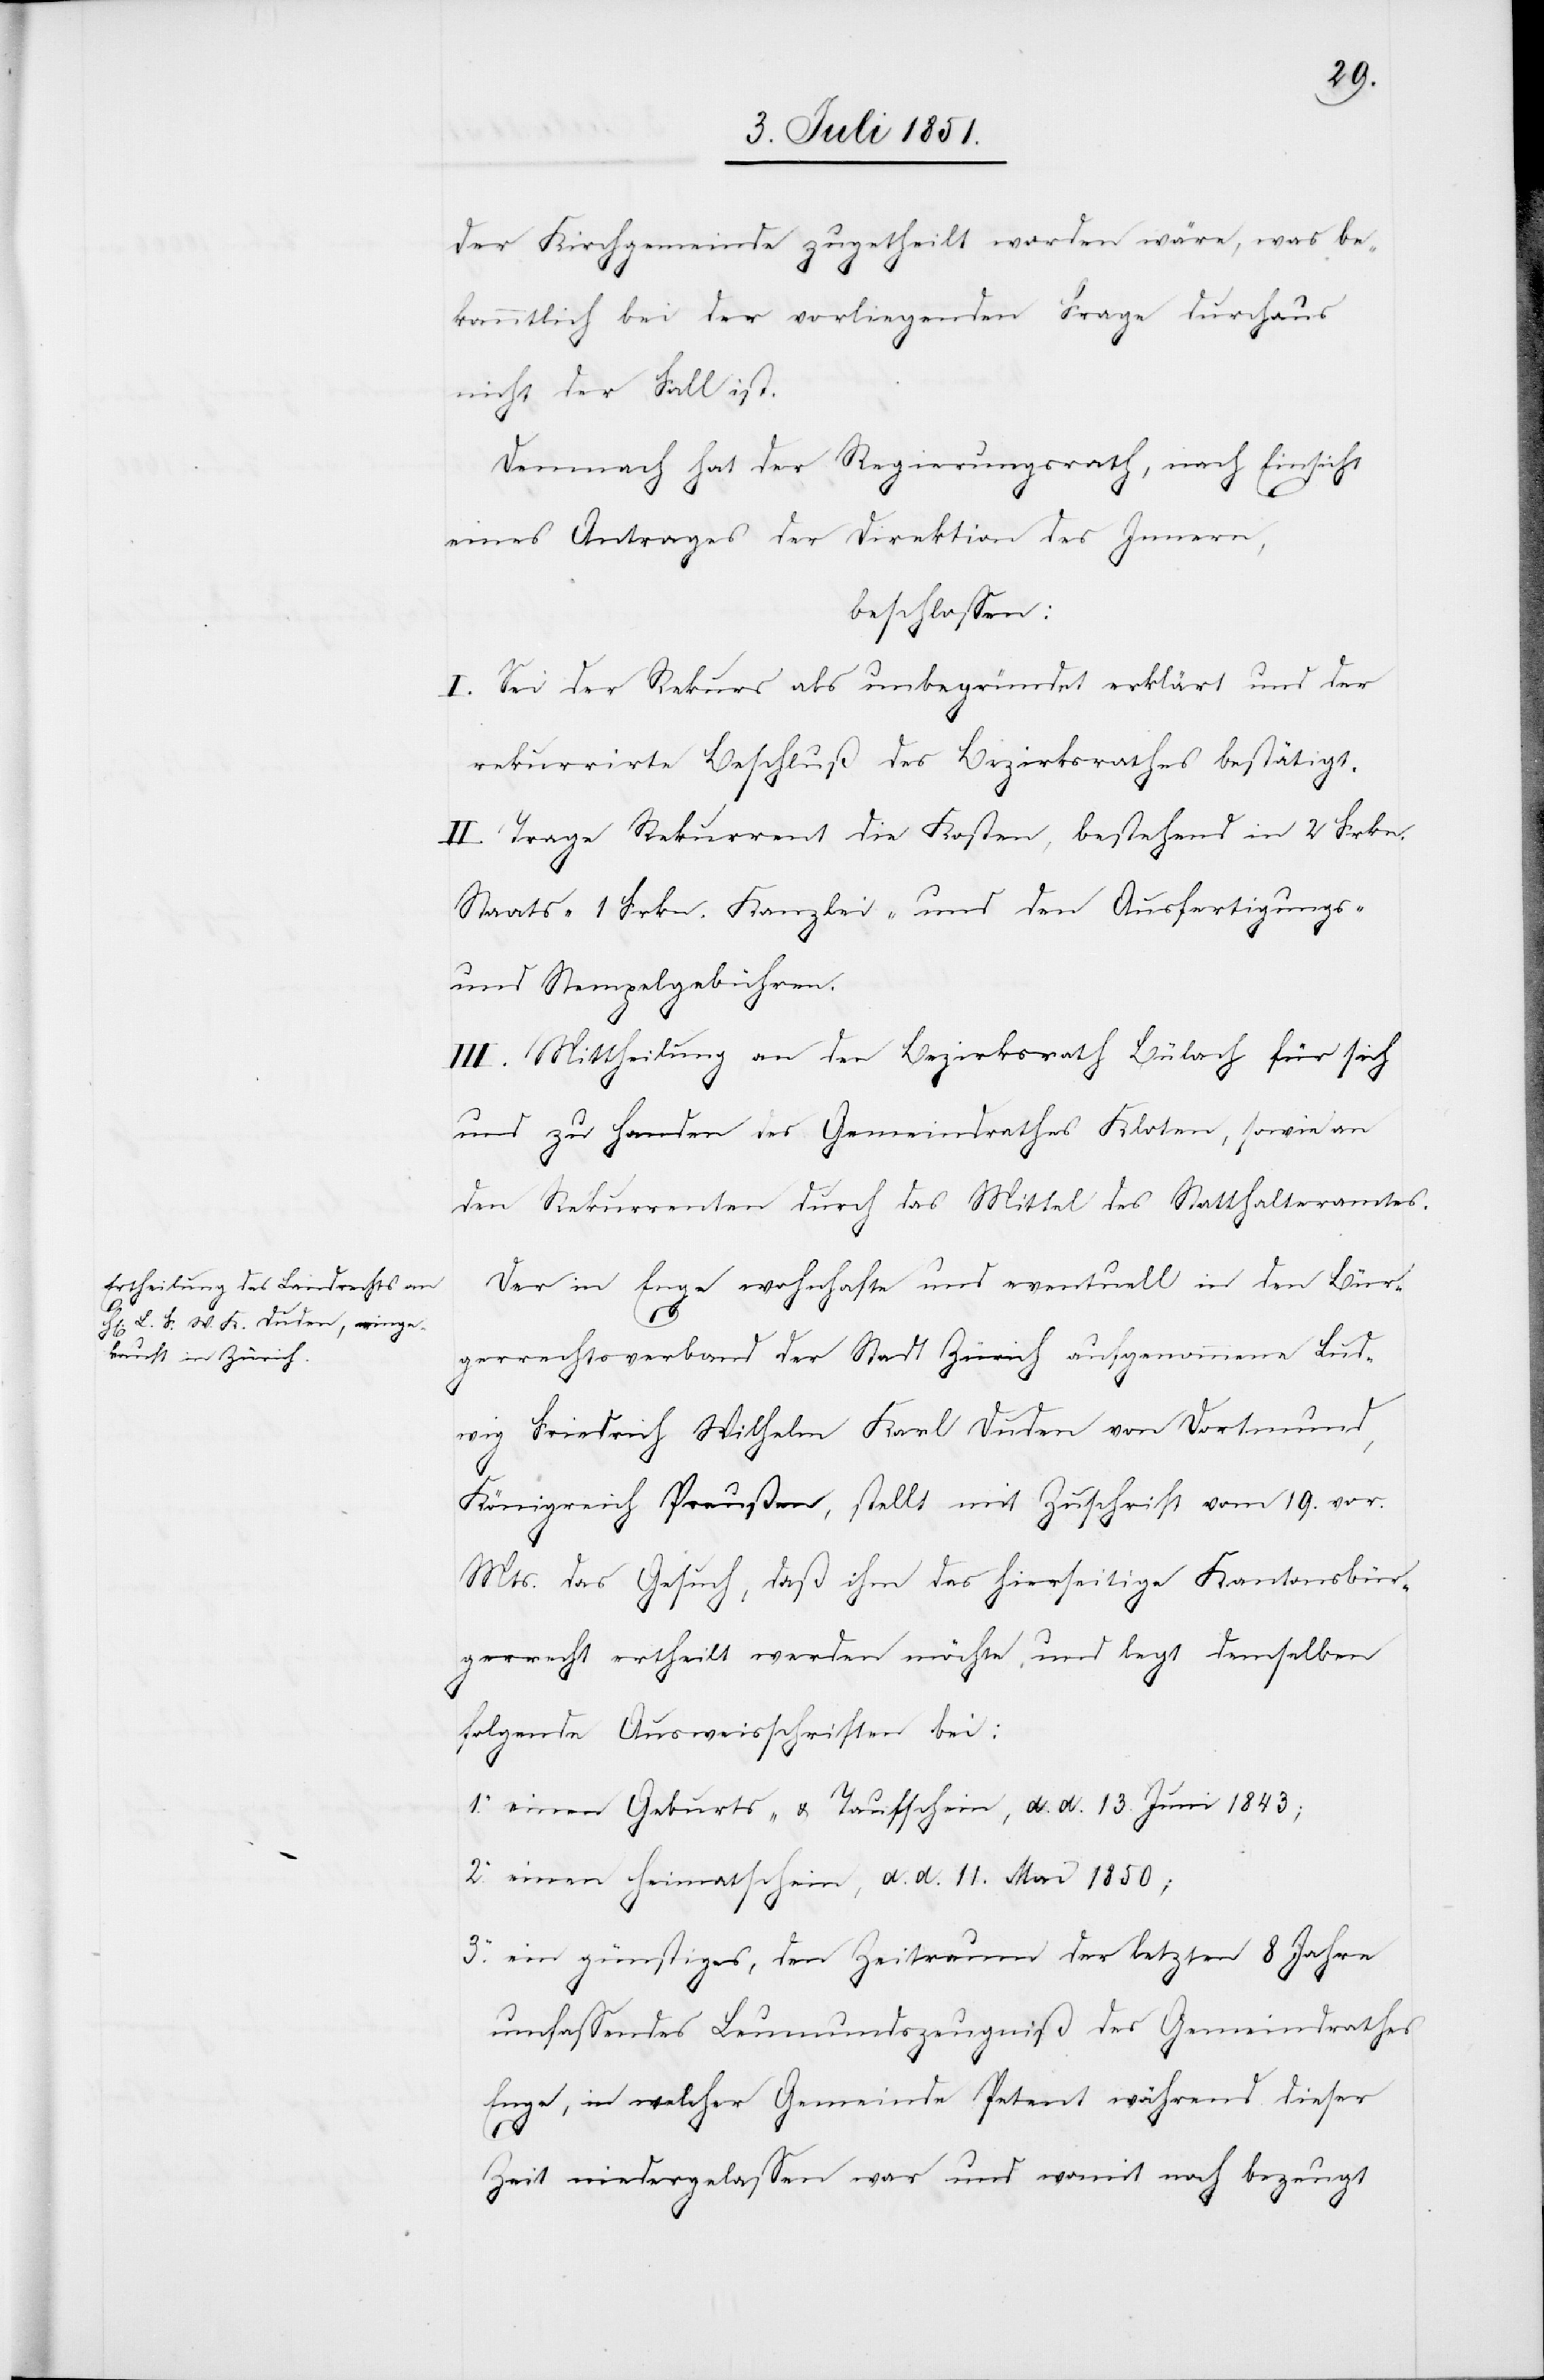
1.

der Kirchgemeinde zugetheilt worden wäre, was be¬
kanntlich bei der vorliegenden Frage durchaus
nicht der Fall ist.
Demnach hat der Regierungsrath, nach Einsicht
eines Antrages der Direktion des Innern,
beschlossen:
I. Sei der Rekurs als unbegründet erklärt und der
rekurrirte Beschluß des Bezirksrathes bestätigt.
II. Trage Rekurrent die Kosten, bestehend in 2 Frkn.
Staats-[,] 1 Frkn. Kanzlei- und den Ausfertigungs-
und Stempelgebühren.
III. Mittheilung an den Bezirksrath Bülach für sich
und zu Handen des Gemeindrathes Kloten, sowie an
den Rekurrenten durch das Mittel des Statthalteramtes.
Der in Enge wohnhafte und eventuell in den Bür¬
3.
gerrechtsverband der Stadt Zürich aufgenommene Lud¬
wig Friedrich Wilhelm Karl Duden von Dortmund,
Königreich Preußen, stellt mit Zuschrift vom 19. vor.
Mts. das Gesuch, daß ihm das hierseitige Kantonsbür¬
gerrecht ertheilt werden möchte, und legt demselben
folgende Ausweisschriften bei:
einen Geburts- & Taufschein, d. d. 13. Juni 1843;
einen Heimatschein, d. d. 11. Mai 1850;
ein günstiges, den Zeitraum der letzten 8 Jahre
umfassendes Leumundszeugniß des Gemeindrathes
Enge, in welcher Gemeinde Petent während dieser
Zeit niedergelassen war und womit noch bezeugt